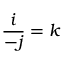
{ \frac { i } { - j } } = k